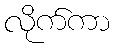
လိုက်ကာ